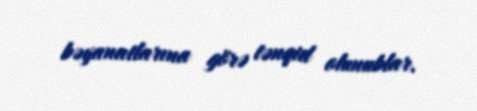
bəyanatlarına görə tənqid olunublar.